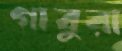
গাবুরা